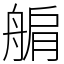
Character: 䑷